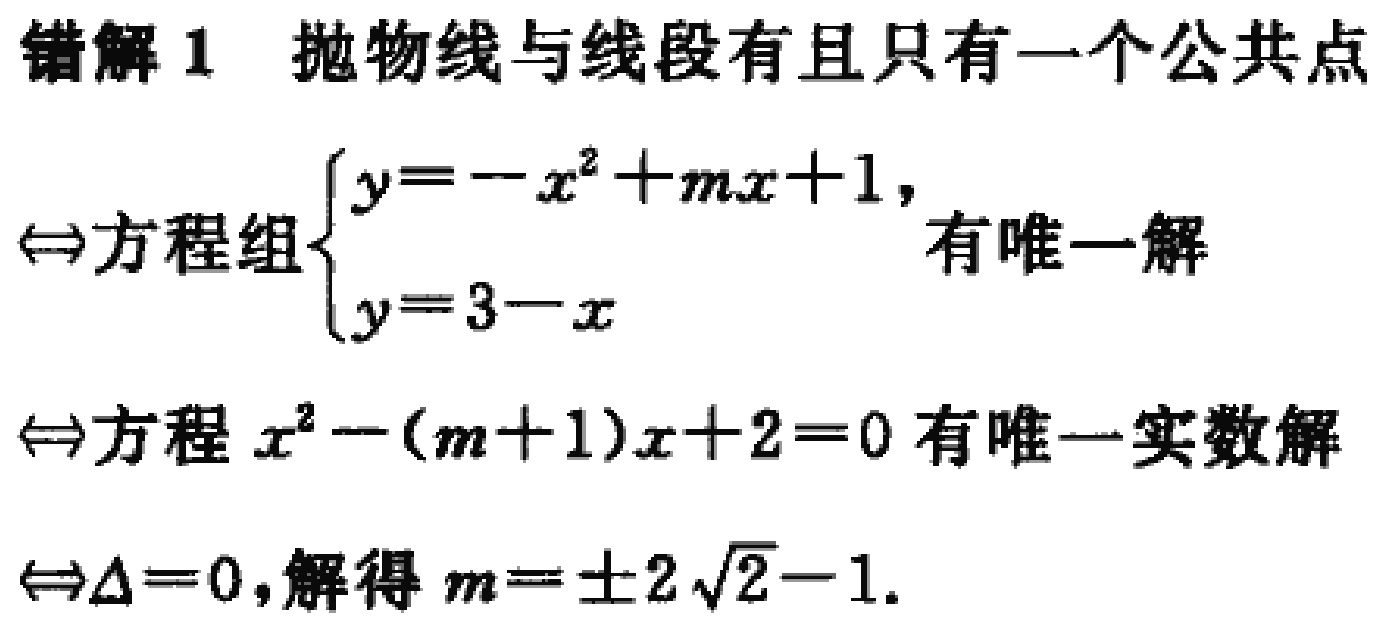
错解 1 抛物线与线段有且只有一个公共点
$\Leftrightarrow$方程组$\begin{cases}y = -x^{2}+mx + 1,\\y = 3 - x\end{cases}$有唯一解
$\Leftrightarrow$方程$x^{2}-(m + 1)x + 2 = 0$有唯一实数解
$\Leftrightarrow\Delta = 0$,解得$m=\pm2\sqrt{2}-1$.